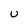
Character: u